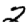
Digit: 2